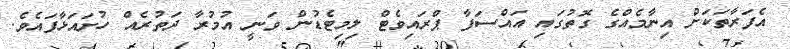
އެފަރާތަކަށް އިނާމެއްގެ ގޮތުގައި އައްސަފާ ޕްރައިވެޓް ލިމިޓެޑުން ވަނީ އުމުރާ ދަތުރެއް ހުށައަޅާފައެވެ.